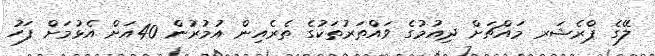
ލޭގެ ޕްރެޝަރ މައްޗަށް ދިއުމުގެ ވައްތަރުތަކުގެ ތެރެއިން އުމުރުން 40އަށް އެޅުމަށް ފަހު